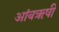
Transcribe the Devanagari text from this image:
आंबॠषी